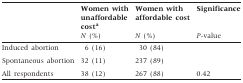
<table><thead><tr><td rowspan="2"></td><td><b>Women with unaffordable cost<sup>a</sup></b></td><td><b>Women with affordable cost</b></td><td><b>Significance</b></td></tr><tr><td><b><i>N</i> (%)</b></td><td><b><i>N</i> (%)</b></td><td><b><i>P</i>-value</b></td></tr></thead><tbody><tr><td>Induced abortion</td><td>6 (16)</td><td>30 (84)</td><td></td></tr><tr><td>Spontaneous abortion</td><td>32 (11)</td><td>237 (89)</td><td></td></tr><tr><td>All respondents</td><td>38 (12)</td><td>267 (88)</td><td>0.42</td></tr></tbody></table>